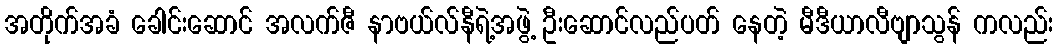
အတိုက်အခံ ခေါင်းဆောင် အလက်ဇီ နာဗယ်လ်နီရဲ့အဖွဲ့ ဦးဆောင်လည်ပတ် နေတဲ့ မီဒီယာလီဗျာသွန် ကလည်း